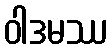
ဝါဒမဿ